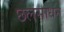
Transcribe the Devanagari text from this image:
छलसाधन